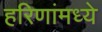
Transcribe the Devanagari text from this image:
हरिणांमध्ये